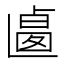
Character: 𠨅